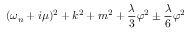
( \omega _ { n } + i \mu ) ^ { 2 } + k ^ { 2 } + m ^ { 2 } + \frac { \lambda } { 3 } \varphi ^ { 2 } \pm \frac { \lambda } { 6 } \varphi ^ { 2 }